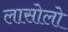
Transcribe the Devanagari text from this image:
लासोलो